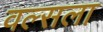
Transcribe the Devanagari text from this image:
वल्‍सला